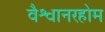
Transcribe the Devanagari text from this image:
वैश्वानरहोम